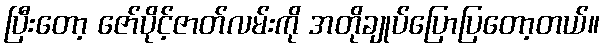
ပြီးတော့ ဇော်ပိုင့်ဇာတ်လမ်းကို အတိုချုပ်ပြောပြတော့တယ်။